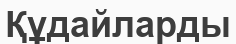
Құдайларды